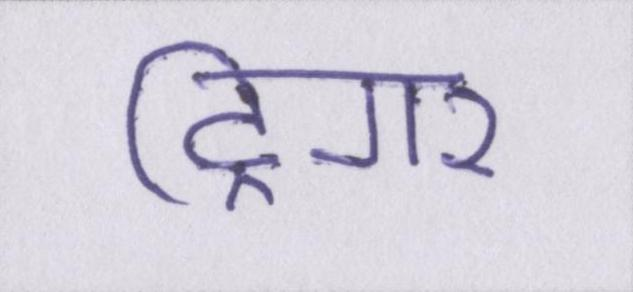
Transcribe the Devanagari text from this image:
ट्रिगर